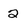
Character: 2